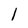
Character: l